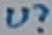
Text: U?